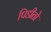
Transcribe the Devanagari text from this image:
पिडीतो